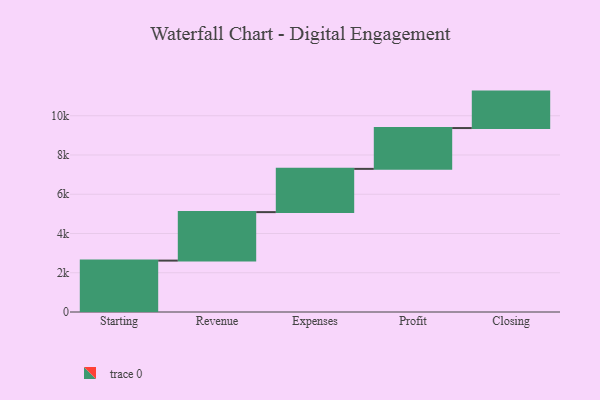
{"axis": {"x": "Step", "y": "Value"}, "legend": [""], "data": [{"x": "Starting", "y": 2619.0, "type": ""}, {"x": "Revenue", "y": 2470.0, "type": ""}, {"x": "Expenses", "y": 2204.0, "type": ""}, {"x": "Profit", "y": 2080.0, "type": ""}, {"x": "Closing", "y": 1857.0, "type": ""}]}